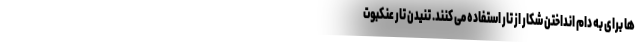
ها برای به دام انداختن شکار از تار استفاده می کنند. تنیدن تار عنکبوت